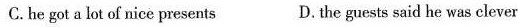
C.he got a lot of nice presents D.the guests said he was clever